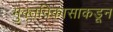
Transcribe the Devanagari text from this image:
मुक्तविकासाकडून